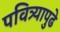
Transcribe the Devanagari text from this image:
पवित्र्यापुढे